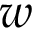
w